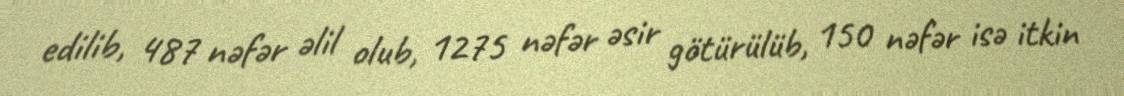
edilib, 487 nəfər əlil olub, 1275 nəfər əsir götürülüb, 150 nəfər isə itkin